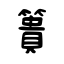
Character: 簣